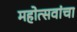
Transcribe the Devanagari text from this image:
महोत्सवांचा